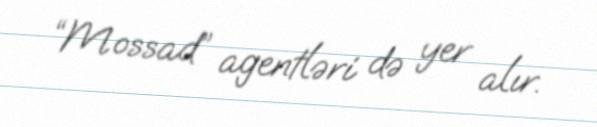
“Mossad” agentləri də yer alır.